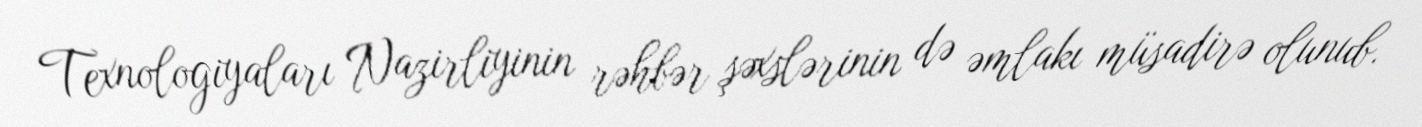
Texnologiyaları Nazirliyinin rəhbər şəxslərinin də əmlakı müsadirə olunub.